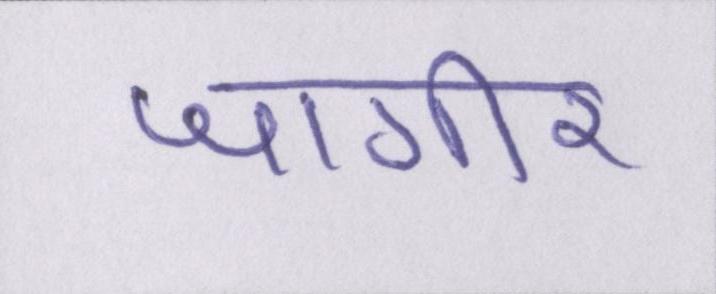
जागीर